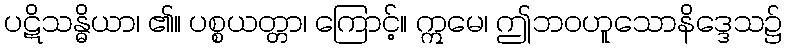
ပဋိသန္ဓိယာ၊ ၏။ ပစ္စယတ္တာ၊ ကြောင့်။ ဣမေ၊ ဤဘဝဟူသောနိဒ္ဒေသ၌